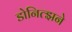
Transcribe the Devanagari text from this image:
डोनित्झने